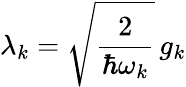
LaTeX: \lambda_{k}=\sqrt{\frac{2}{\hbar\omega_{k}}}\, g_{k}